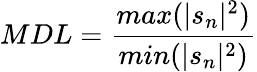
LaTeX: MDL=\frac{max(|s_{n}|^{2})}{min(|s_{n}|^{2})}